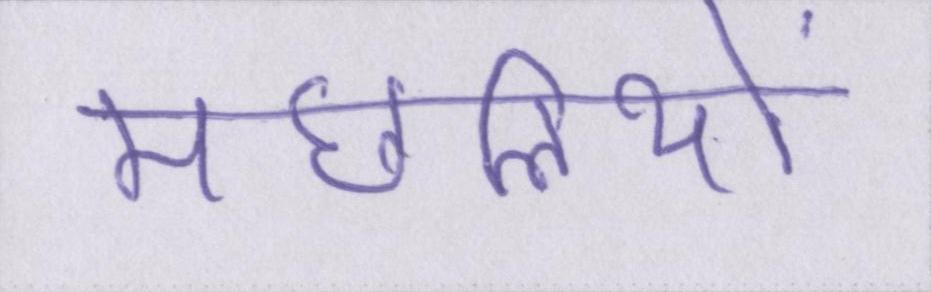
मछलियों